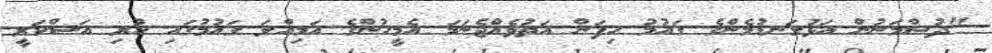
"ދުޝްމަނުން އަޅުގަނޑުމެންގެ ގައުމު ހިފަން އަތުވެއްޖެނަމަ އެމީހުންގެ އަމިއްލަ ގައުމުގައި ހުރި އަސްކަރީ